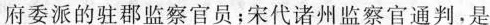
府委派的驻郡监察官员；宋代诸州监察官通判，是